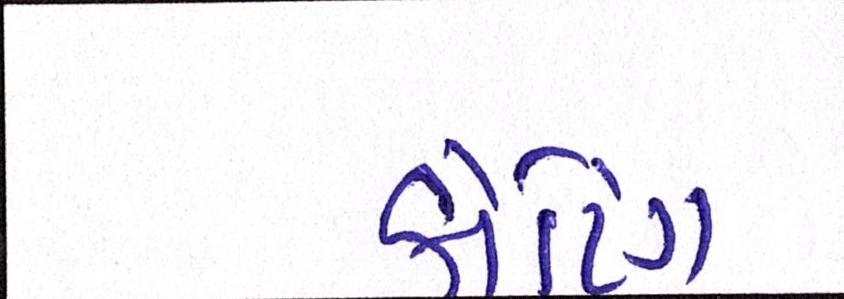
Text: કોટિંગ